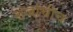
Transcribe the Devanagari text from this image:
राजांचीच